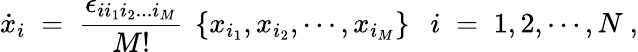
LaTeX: \dot{x}_{i}\; =\; \frac{\epsilon_{ii_{1}i_{2}...i_{M}}}{M!}\ \left\{ x_{i_{1}},x_{i_{2}},\cdots,x_{i_{M}}\right\} \ \ \ i\; =\; 1,2,\cdots,N\ ,